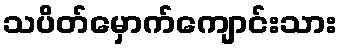
သပိတ်မှောက်ကျောင်းသား